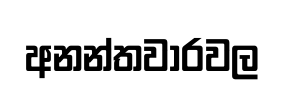
අනන්තවාරවල